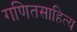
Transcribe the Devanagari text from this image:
गणितसाहित्य